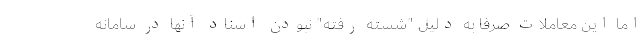
اما این معاملات صرفا به دلیل "شسته رفته" نبودن اسناد آنها در سامانه